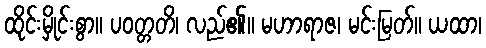
ထိုင်းမှိုင်းစွာ။ ပဝတ္တတိ၊ လည်၏။ မဟာရာဇ၊ မင်းမြတ်။ ယထာ၊